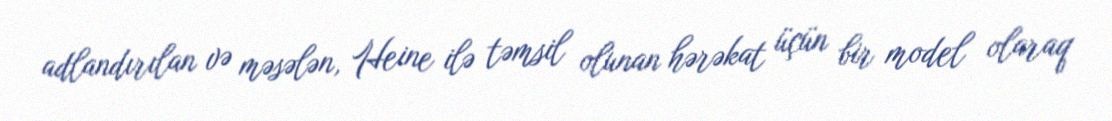
adlandırılan və məsələn, Heine ilə təmsil olunan hərəkat üçün bir model olaraq